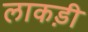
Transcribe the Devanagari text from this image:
लाकड़ी